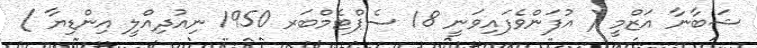
ޝަބާނާ އަޒްމީ ( އުފަންވެފައިވަނީ 18 ސެޕްޓެމްބަރ 1950 ނިއުދިއްލީ އިންޑިޔާ )